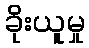
ခိုးယူမှု